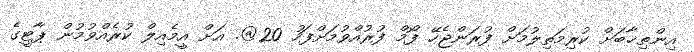
އިންތިޚާބަށް ކުރިމަތިލުމަށް ފުރަންޖެހޭ ފޯމް ފުރުއްވުމަށްފަހު 20@. އަށް އީމެއިލް ކުރެއްވުމުން ޕާޓީގެ